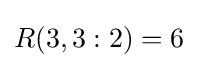
R(3,3:2)=6